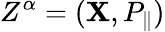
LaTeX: Z^{\alpha}=({\mathbf X},P_{\| })